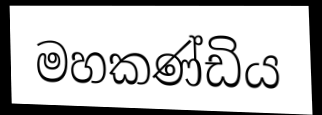
මහකණ්ඩිය